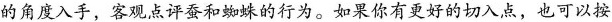
的角度入手，客观点评蚕和蜘蛛的行为。如果你有更好的切入点，也可以按